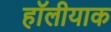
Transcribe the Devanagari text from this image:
हॉलीयाक